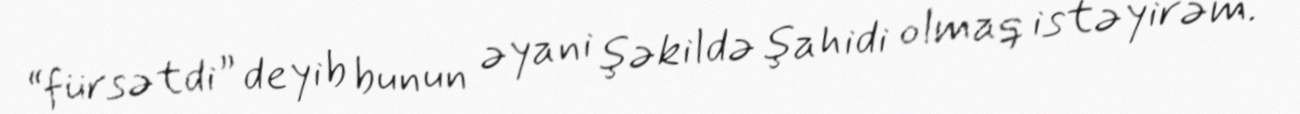
“fürsətdi” deyib bunun əyani şəkildə şahidi olmaq istəyirəm.